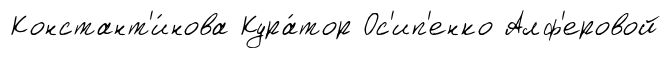
Констант'и́нова Кура́тор Ос'ип'енко Алф'еровой